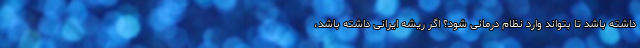
داشته باشد تا بتواند وارد نظام درمانی شود؟ اگر ریشه ایرانی داشته باشد،